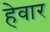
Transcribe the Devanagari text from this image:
हेवार